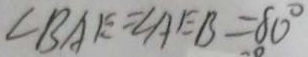
\angle B A E = \angle A E B = 8 0 ^ { \circ }